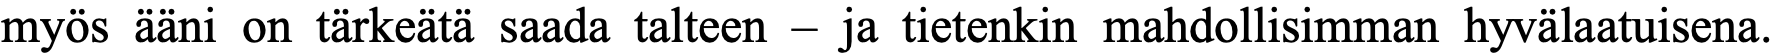
myös ääni on tärkeätä saada talteen – ja tietenkin mahdollisimman hyvälaatuisena.